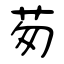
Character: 茐